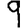
Digit: 9